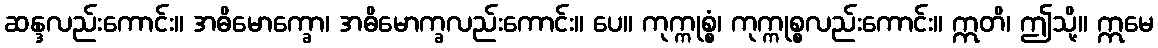
ဆန္ဒလည်းကောင်း။ အဓိမောက္ခော၊ အဓိမောက္ခလည်းကောင်း။ ပေ။ ကုက္ကုစ္စံ၊ ကုက္ကုစ္စလည်းကောင်း။ ဣတိ၊ ဤသို့။ ဣမေ